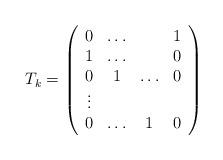
LaTeX: \begin{align*}T_{k}=\left( \begin{array}{cccc}0 & \ldots & & 1\\1 & \ldots & & 0\\0 & 1 & \ldots & 0\\\vdots & & & \\0 & \ldots & 1 & 0\end{array}\right)\end{align*}